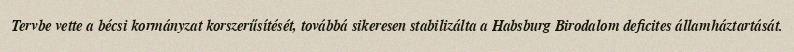
Tervbe vette a bécsi kormányzat korszerűsítését, továbbá sikeresen stabilizálta a Habsburg Birodalom deficites államháztartását.